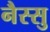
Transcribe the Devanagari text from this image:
नैस्सु